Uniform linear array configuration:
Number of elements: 4
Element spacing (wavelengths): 1
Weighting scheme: hann
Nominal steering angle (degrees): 60
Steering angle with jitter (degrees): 58.192
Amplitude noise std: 0.05
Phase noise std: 0.05

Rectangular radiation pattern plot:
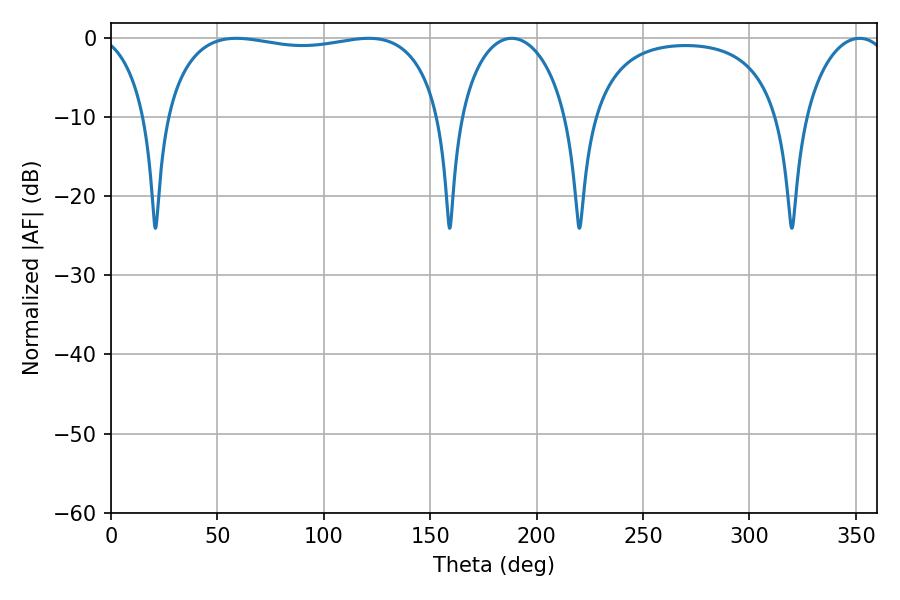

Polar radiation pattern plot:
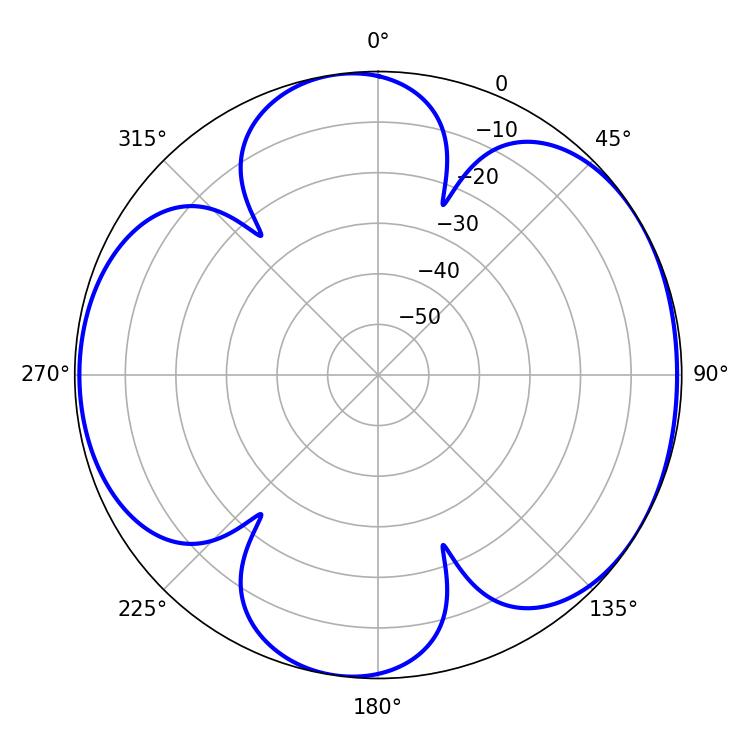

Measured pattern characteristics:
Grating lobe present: TRUE
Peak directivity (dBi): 5.833
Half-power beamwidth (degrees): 29.34
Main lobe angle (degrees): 188.28